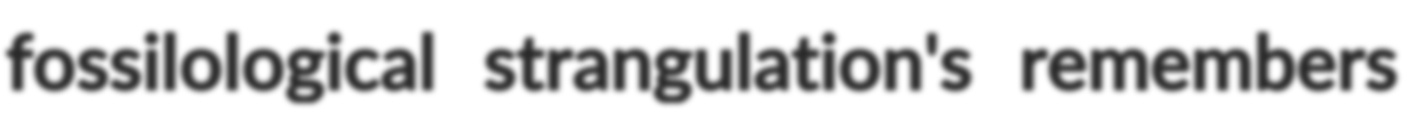
fossilological strangulation's remembers